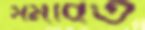
সমবিত